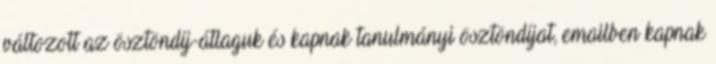
változott az ösztöndíj-átlaguk és kapnak tanulmányi ösztöndíjat, emailben kapnak